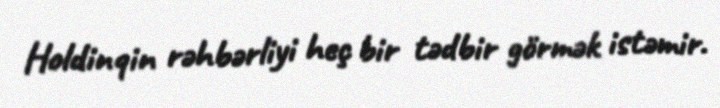
Holdinqin rəhbərliyi heç bir tədbir görmək istəmir.